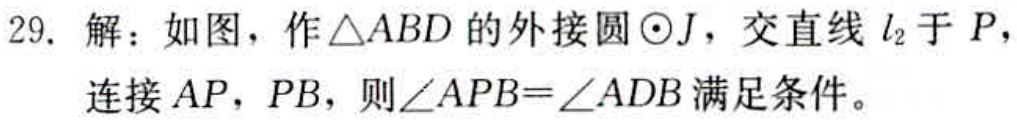
29. 解：如图，作\(\triangle ABD\)的外接圆\(\odot J\)，交直线\(l_{2}\)于\(P\)，连接\(AP\)，\(PB\)，则\(\angle APB = \angle ADB\)满足条件。